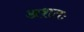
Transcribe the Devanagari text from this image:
अशतः